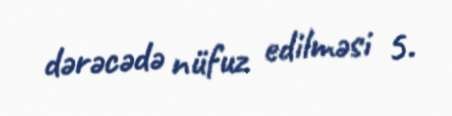
dərəcədə nüfuz edilməsi 5.